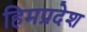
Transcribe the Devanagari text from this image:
हिमप्रदेश